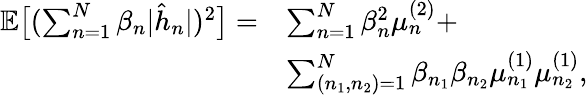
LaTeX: \begin{array}{rl}{\mathbb{E}\big[(\sum_{n=1}^{N}\beta_{n}|\hat{h}_{n}|)^{2}\big]=}&{\sum_{n=1}^{N}\beta_{n}^{2}\mu_{n}^{(2)}+}\\ &{\sum_{(n_{1},n_{2})=1}^{N}\beta_{n_{1}}\beta_{n_{2}}\mu_{n_{1}}^{(1)}\mu_{n_{2}}^{(1)},}\end{array}